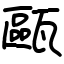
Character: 甌